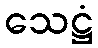
သေဋ္ဌံ